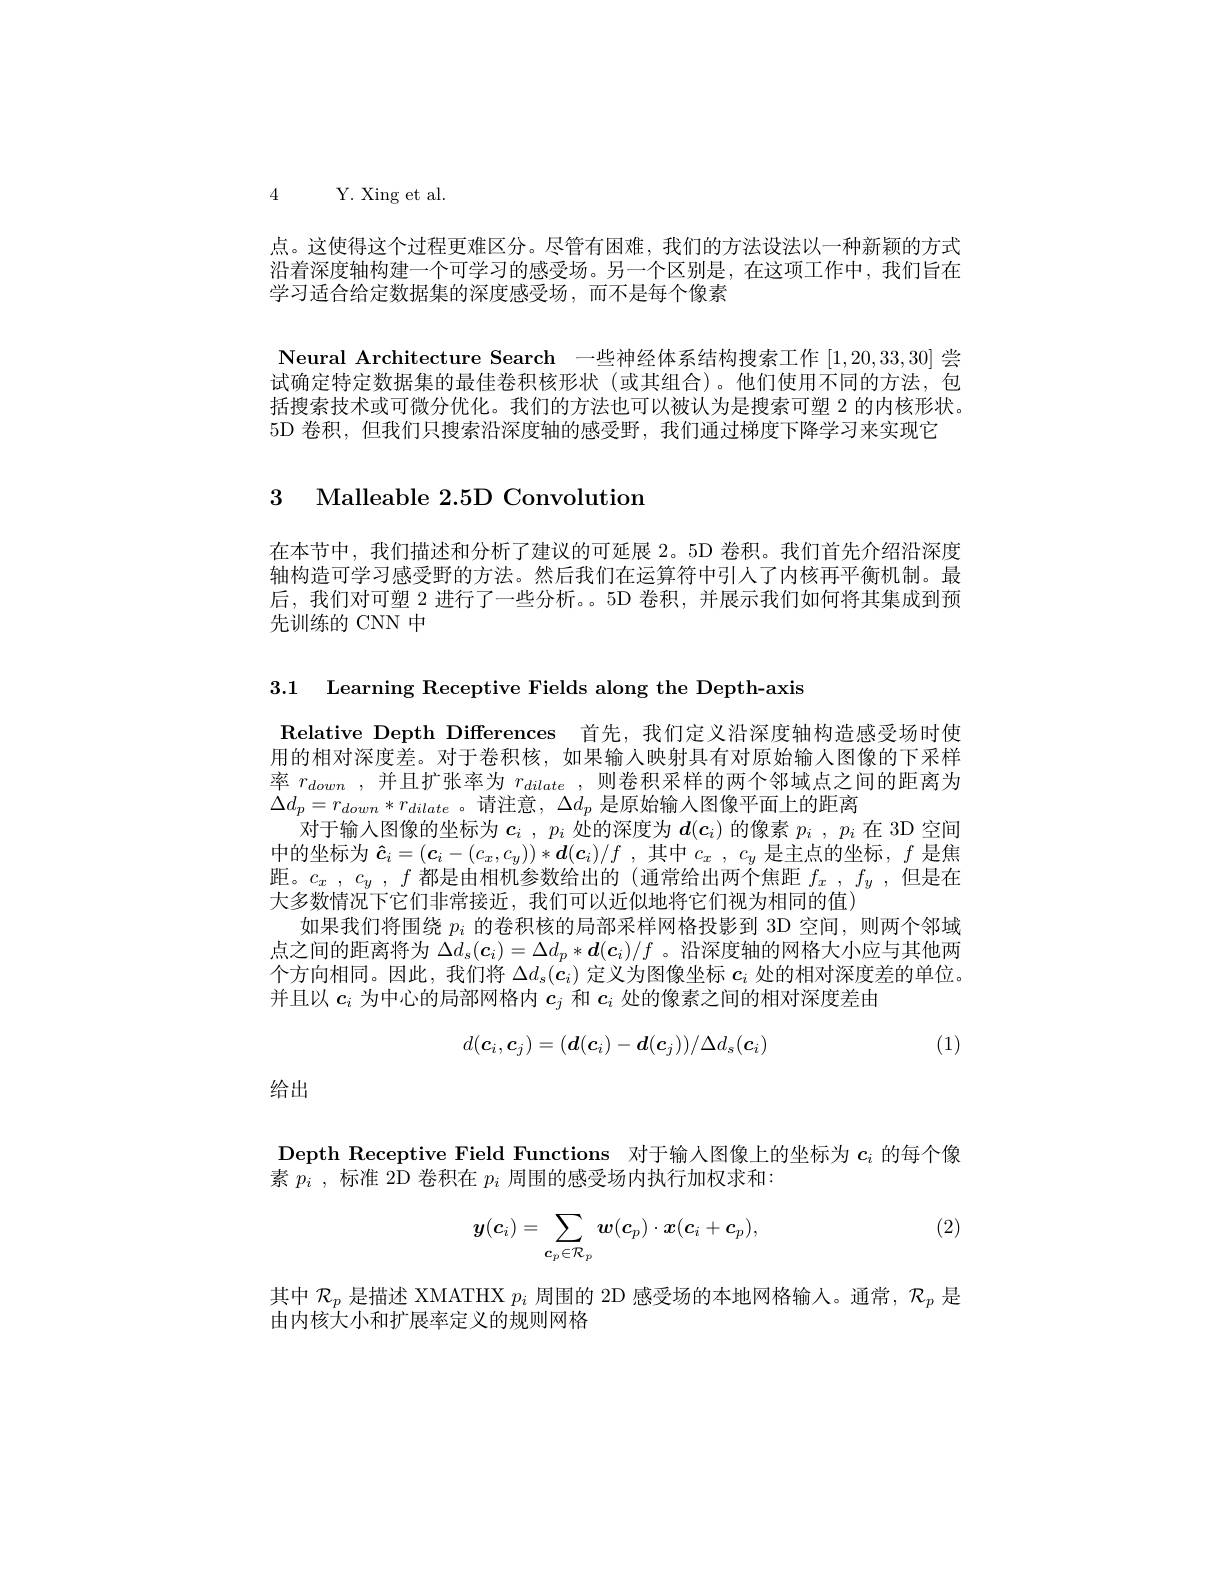
4 Y. Xing et al.

点。这使得这个过程更难区分。尽管有困难，我们的方法设法以一种新颖的方式沿着深度轴构建一个可学习的感受场。另一个区别是，在这项工作中，我们旨在学习适合给定数据集的深度感受场，而不是每个像素
Neural Architecture Search 一些神经体系结构搜索工作[1,20,33,30]尝试确定特定数据集的最佳卷积核形状(或其组合)。他们使用不同的方法，包括搜索技术或可微分优化。我们的方法也可以被认为是搜索可塑 2 的内核形状。5D 卷积，但我们只搜索沿深度轴的感受野，我们通过梯度下降学习来实现它

3 Malleable 2.5D Convolution

在本节中，我们描述和分析了建议的可延展 2。5D 卷积。我们首先介绍沿深度轴构造可学习感受野的方法。然后我们在运算符中引人了内核再平衡机制。最后，我们对可塑 2 进行了一些分析。。5D 卷积，并展示我们如何将其集成到预先训练的 CNN 中

3.1 Learning Receptive Fields along the Depth-axis

Relative Depth Differences 首先，我们定义沿深度轴构造感受场时使用的相对深度差。对于卷积核，如果输入映射具有对原始输人图像的下采样率$r_{down}$ ,并且扩张率为$r_dilate$ ,则卷积采样的两个邻域点之间的距离为$\Delta d_{p}=r_{down}*r_{dilate}$。请注意，$\Delta d_p$是原始输入图像平面上的距离
对于输入图像的坐标为$\boldsymbol{c}_i$ $, p_i$处的深度为$d(\boldsymbol{c}_i)$的像素$p_i$ $, p_i$在 3D 空间中的坐标为$\hat{\boldsymbol{c}} _i= ( \boldsymbol{c}_i- ( c_x, c_y) ) * \boldsymbol{d}( \boldsymbol{c}_i) / f$ ,其中$c_x$ , $c_y$是主点的坐标，$f$是焦距。$c_x$ , $c_y$ , $f$都是由相机参数给出的 (通常给出两个焦距$f_x$ , $f_y$ ,但是在大多数情况下它们非常接近，我们可以近似地将它们视为相同的值)
如果我们将围绕$p_i$的卷积核的局部采样网格投影到 3D 空间，则两个邻域点之间的距离将为$\Delta d_s(\boldsymbol{c}_i)=\Delta d_p*\boldsymbol{d}(\boldsymbol{c}_i)/f$ 。沿深度轴的网格大小应与其他两个方向相同。因此，我们将$\Delta d_s(\boldsymbol{c}_i)$定义为图像坐标$c_i$处的相对深度差的单位。并且以$c_i$为中心的局部网格内$c_j$和$c_i$处的像素之间的相对深度差由
$$d(\boldsymbol{c}_i,\boldsymbol{c}_j)=(\boldsymbol{d}(\boldsymbol{c}_i)-\boldsymbol{d}(\boldsymbol{c}_j))/\Delta d_s(\boldsymbol{c}_i)$$
(1)

给出

Depth Receptive Field Functions 对于输人图像上的坐标为$c_i$的每个像
素$p_{i}$ ,标准 2D 卷积在$p_i$周围的感受场内执行加权求和：

(2)
$$\boldsymbol{y}(\boldsymbol{c}_i)=\sum_{\boldsymbol{c}_p\in\mathcal{R}_p}\boldsymbol{w}(\boldsymbol{c}_p)\cdot\boldsymbol{x}(\boldsymbol{c}_i+\boldsymbol{c}_p),$$
其中$\mathcal{R}_p$是描述 XMATHX $p_i$周围的 2D 感受场的本地网格输入。通常，$\mathcal{R}_p$是
由内核大小和扩展率定义的规则网格